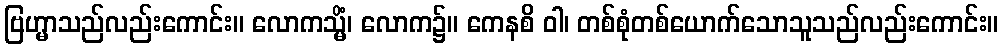
ဗြဟ္မာသည်လည်းကောင်း။ လောကသ္မိံ၊ လောက၌။ ကေနစိ ဝါ၊ တစ်စုံတစ်ယောက်သောသူသည်လည်းကောင်း။